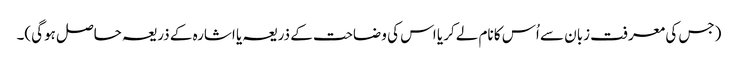
(جس کی معرفت زبان سے اُس کا نام لےکر یا اس کی وضاحت کے ذریعہ یا اشارہ کے ذریعہ حاصل ہوگی)۔